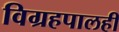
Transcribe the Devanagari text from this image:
विग्रहपालही